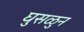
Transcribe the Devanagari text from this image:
घुसळुन